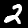
Digit: 2